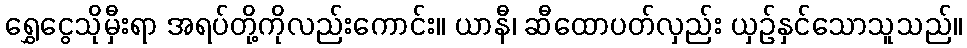
ရွှေငွေသိုမှီးရာ အရပ်တို့ကိုလည်းကောင်း။ ယာနီ၊ ဆီထောပတ်လှည်း ယှဉ်နှင်သောသူသည်။